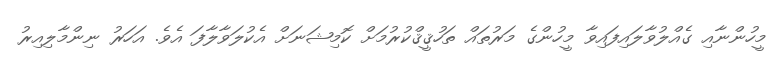
މީހުންނާއި ގެއްލުވާލައިފައިވާ މީހުންގެ މަރުތައް ތަހުޤީޤްކުރުމަށް ކޮމިޝަނަށް އެކުލަވާލާފަ އެވެ. އަހަރު ނިންމާލިއިރު